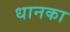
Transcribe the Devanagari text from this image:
धानका